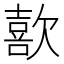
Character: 歖